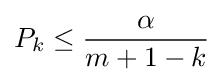
P_{k}\leq {\frac {\alpha }{m+1-k}}